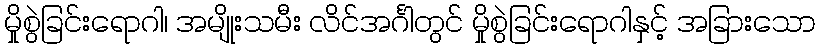
မှိုစွဲခြင်းရောဂါ၊ အမျိုးသမီး လိင်အင်္ဂါတွင် မှိုစွဲခြင်းရောဂါနှင့် အခြားသော